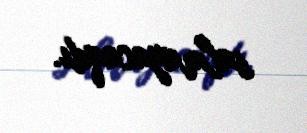
salmayacaqdı.